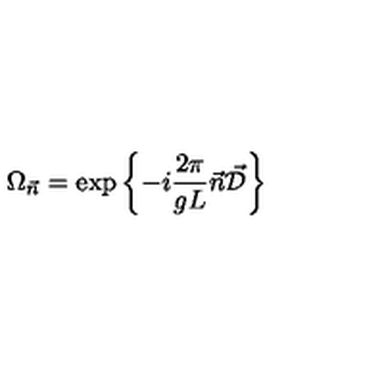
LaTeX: \Omega _ { \vec { n } } = \exp \left\{ - i \frac { 2 \pi } { g L } \vec { n } \vec { \cal D } \right\}